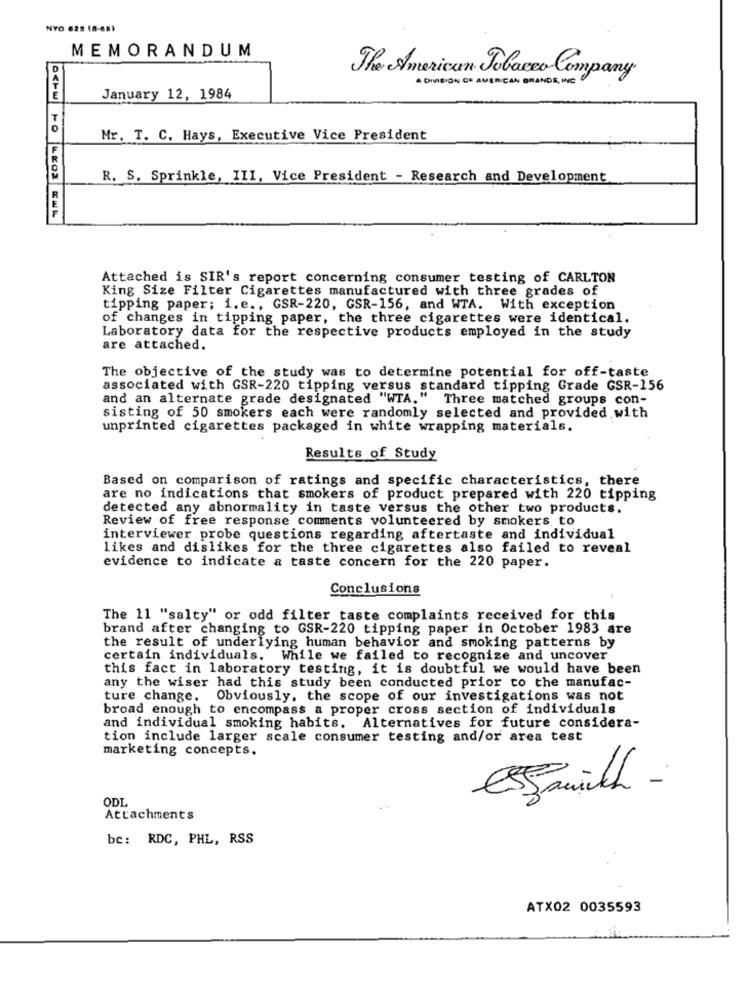
NYO 625 18-681
MEMORANDUM
The American Tobacco Company
A DIVISION OF AMERICAN BRANDS, INC
January 12, 1984
Mr. T. C. Hays, Executive Vice President
R. S. Sprinkle, III, Vice President - Research and Development
BSPW TO KOS KWK
Attached is SIR's report concerning consumer testing of CARLTON
King Size Filter Cigarettes manufactured with three grades of
tipping paper; i.e ., GSR-220, GSR-156, and WTA. With exception
of changes in tipping paper, the three cigarettes were identical.
Laboratory data for the respective products employed in the study
are attached.
The objective of the study was to determine potential for off-taste
associated with GSR-220 tipping versus standard tipping Grade GSR-156
and an alternate grade designated "WTA." Three matched groups con-
sisting of 50 smokers each were randomly selected and provided with
unprinted cigarettes packaged in white wrapping materials.
Results of Study
Based on comparison of ratings and specific characteristics, there
are no indications that smokers of product prepared with 220 tipping
detected any abnormality in taste versus the other two products.
Review of free response comments volunteered by smokers to
interviewer probe questions regarding aftertaste and individual
likes and dislikes for the three cigarettes also failed to reveal
evidence to indicate a taste concern for the 220 paper.
Conclusions
The 11 "salty" or odd filter taste complaints received for this
brand after changing to GSR-220 tipping paper in October 1983 are
the result of underlying human behavior and smoking patterns by
certain individuals. While we failed to recognize and uncover
this fact in laboratory testing, it is doubtful we would have been
any the wiser had this study been conducted prior to the manufac-
ture change. Obviously, the scope of our investigations was not
broad enough to encompass a proper cross section of individuals
and individual smoking habits. Alternatives for future considera-
tion include larger scale consumer testing and/or area test
marketing concepts.
Estamich -
ODI.
Attachments
be: RDC, PHL, RSS
ATX02 0035593